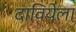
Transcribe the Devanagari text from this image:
दावियेला